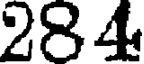
284